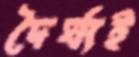
দৈর্ঘ্যই